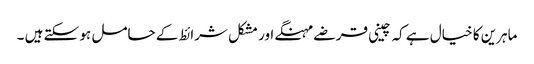
ماہرین کا خیال ہے کہ چینی قرضے مہنگے اور مشکل شرائط کے حامل ہو سکتے ہیں ۔